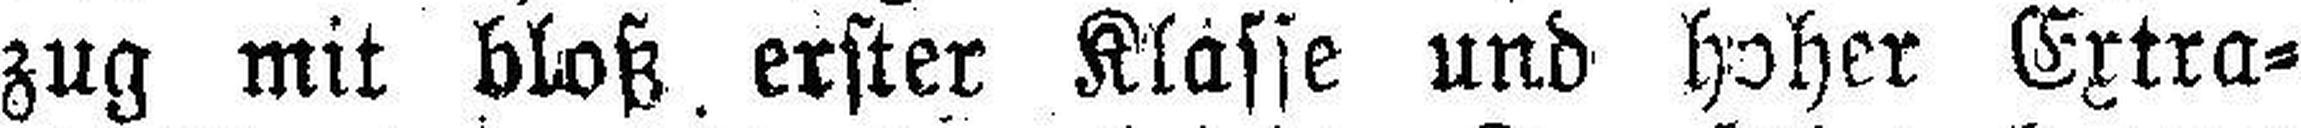
zug mit bloß erster Klasse und hoher Extra¬